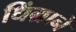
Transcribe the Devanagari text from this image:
धिंग्राने